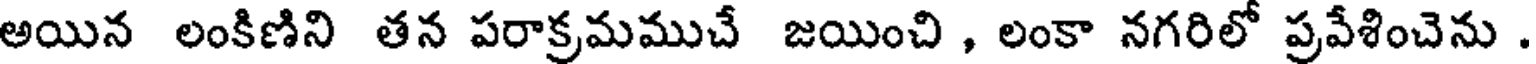
అయిన లంకిణిని తన పరాక్రమముచే జయించి , లంకా నగరిలో ప్రవేశించెను .